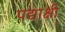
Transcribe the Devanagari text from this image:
पद्याक्षी